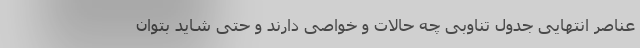
عناصر انتهایی جدول تناوبی چه حالات و خواصّی دارند و حتی شاید بتوان